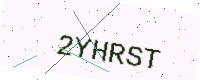
Text: 2YHRST